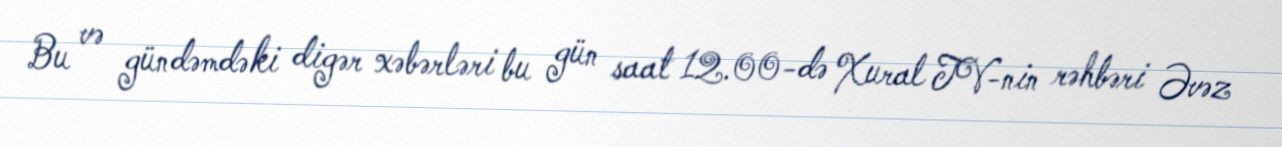
Bu və gündəmdəki digər xəbərləri bu gün saat 12.00-də Xural TV-nin rəhbəri Əvəz